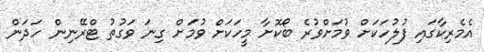
އެމެރިކާގައި ފުލުހަކަށް ވުމަށްވުރެ ބޯކޮށާ މީހަކަށް ވުމަށް ގިނަ ވަގުތު ޓްރޭނިން ހަދަން